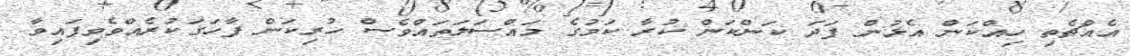
އެއްޗެތި ހިއްކަން އެޅުން ފަދަ ކަންކަން ކުރާ ކަމުގެ މައްސަލަތައްވެސް ހުރިކަން ފާހަގަކުރެއްވެވިފައިވާ